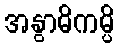
အနွာဓိကမ္ပိ